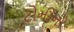
ટોનીનો